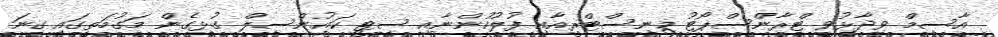
އާސިމް ވިދާޅުވީ ޓްރާންސްޕޯޓު މިނިސްޓްރީއާއި ފުލުހުންނާއި ސިޓީ ކައުންސިލް ގުޅިގެން މަގުމަތީގައި ގިނަ